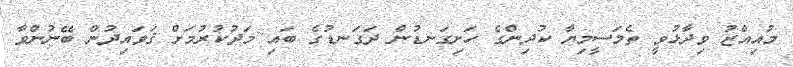
މުއިއްޒު ވިދާޅުވީ ތެލަސީމިޔާ ކުދިންގެ ހަށިގަނޑުން ދަގަނޑުގެ ބައި މަދުކުރުމަށް ޤަވައިދުން ބޭނުންވާ